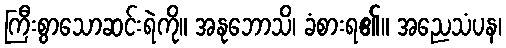
ကြီးစွာသောဆင်းရဲကို။ အနုဘောသိ၊ ခံစားရ၏။ အညေသံပန၊